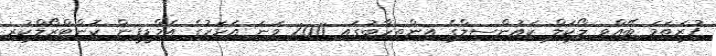
ފުރަތަމަ ބޭއްވި ލޯކަލް ކައުންސިލްގެ އިންތިހާބުގައި 2011 ވަނަ އަހަރުގެ އެމްޑީޕީން ކޮންޓްރޯލްކުރި